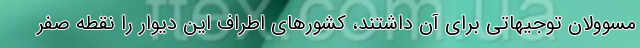
مسوولان توجیهاتی برای آن داشتند، کشورهای اطراف این دیوار را نقطه صفر